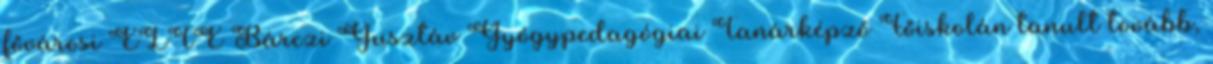
fővárosi ELTE Bárczi Gusztáv Gyógypedagógiai Tanárképző Főiskolán tanult tovább,